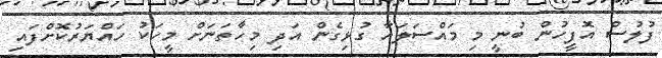
ފުލުސް އޮފީހުން ބުނީ މި މައްސަލައާ ގުޅިގެން އަދި މިހާތަނަށް މީހަކު ހައްޔަރުކޮށްފައި